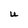
Character: U